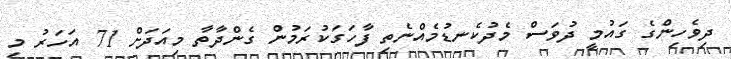
ދިވެހިންގެ ގައުމީ ދުވަސް މެދުކެނޑުމެއްނެތި ފާހަގަކުރަމުން ގެންދާތާ މިއަދަށް 71 އަހަރު މި